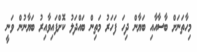
މިހާތަނަށް ބާސާއާއި ބަޔާން ދިހަ ފަހަރު މަތިން ބައްދަލު ކޮށްފައިވާއިރު ބަޔާނުން ވަނީ